Leaving Certificate Examination, 1906
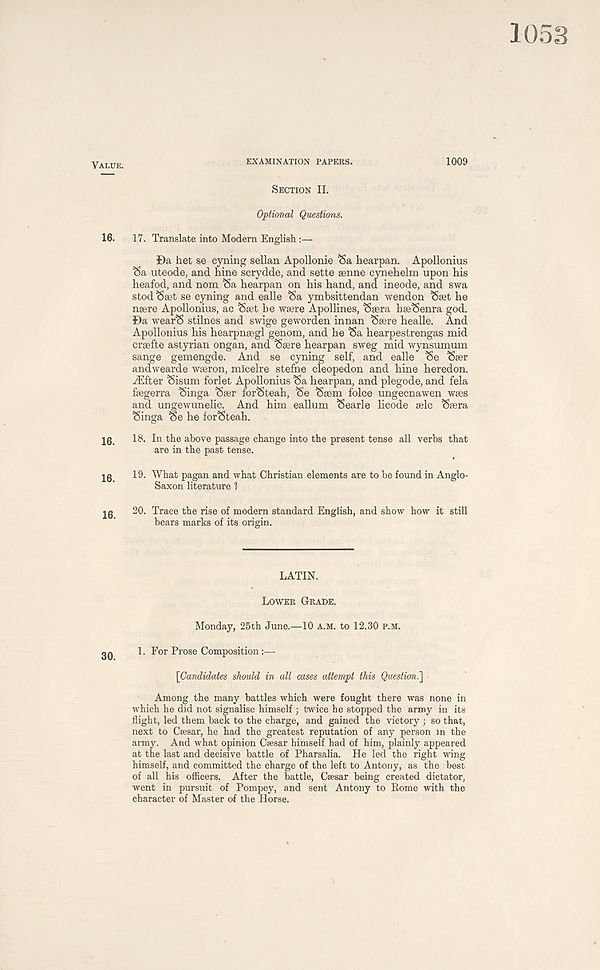
1053
ALUE.
EXAMINATION PAPERS.
1009
SECTION II.
Optional Questions.
16.
17. Translate into Modern English :—
Da het se cyning sellan Apollonie 'Sa hearpan. Apollonius
<5a uteode, and hine scrydde, and sette senne cynehelm upon his
heafod, and nom Sa hearpan on his hand, and ineode, and swa
stod <Saet se cyning and ealle <Sa ymbsittendan wendon ^set he
nsere Apollonius, ac I Soe,t be wsere Apollines, ^aera hae^enra god.
Da Wear'S stilnes and swige geworden innan ‘Ssere healle. And
Apollonius his hearpnsegl genom, and he Sa hearpestrengas mid
craefte astyrian ongan, and ‘Saere hearpan sweg mid wynsumum
sange gemengde. And se cyning self, and ealle 'Se Saer
andwearde waeron, micelre stefne cleopedon and hine heredon.
iEfter Sisum forlet Apollonius Sa hearpan, and plegode, and fela
faegerra Singa Saer forSteah, Se Saem folce ungecnawen waes
and ungewunelic. And him eallum Searle licode aelc Saera
Singa Se he forSteah.
10
18. In the above passage change into the present tense all verbs that
are in the past tense.
10
19. What pagan and what Christian elements are to be found in Anglo-
Saxon literature 1
10
20. Trace the rise of modern standard English, and show how it still
bears marks of its origin.
LATIN.
LOWER GRADE.
Monday, 25th June.—10 A.M. to 12.30 P.M.
1. For Prose Composition
[Candidates should in all cases attempt this Question.]
Among the many battles which were fought there was none in
which he did not signalise himself ; twice he stopped the army in its
flight, led them back to the charge, and gained the victory ; so that,
next to Caesar, he had the greatest reputation of any person in the
army. And what opinion Caesar himself had of him, plainly appeared
at the last and decisive battle of Pharsalia. He led the right wing
himself, and committed the charge of the left to Antony, as the best
of all his officers. After the battle, Caesar being created dictator,
went in pursuit of Pompey, and sent Antony to Rome with the
character of Master of the Horse.